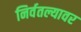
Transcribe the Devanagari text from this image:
निर्वतल्यावर